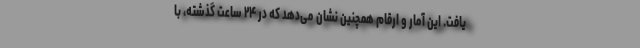
یافت. این آمار و ارقام همچنین نشان می‌دهد که در ۲۴ ساعت گذشته، با